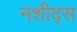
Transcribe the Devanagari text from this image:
नशीद्स